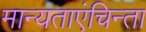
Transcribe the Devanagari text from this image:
मान्यताएंचिन्ता